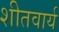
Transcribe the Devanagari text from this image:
शीतवार्य